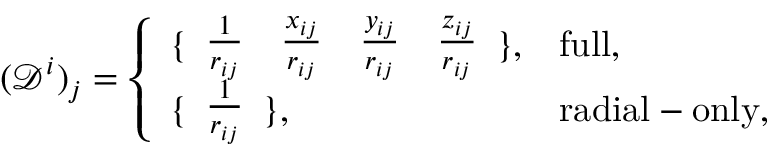
( \mathcal { D } ^ { i } ) _ { j } = \left\{ \begin{array} { l l } { \{ \begin{array} { c c c c } { \frac { 1 } { r _ { i j } } } & { \frac { x _ { i j } } { r _ { i j } } } & { \frac { y _ { i j } } { r _ { i j } } } & { \frac { z _ { i j } } { r _ { i j } } } \end{array} \} , } & { \mathrm { f u l l } , } \\ { \{ \begin{array} { c } { \frac { 1 } { r _ { i j } } } \end{array} \} , } & { \mathrm { r a d i a l - o n l y } , } \end{array} \right.